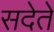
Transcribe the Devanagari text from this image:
सदेते